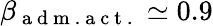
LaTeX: \beta_{\mathrm{~a~d~m~.~a~c~t~.~}}\simeq 0.9